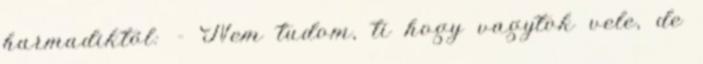
harmadiktól: - Nem tudom, ti hogy vagytok vele, de